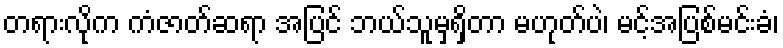
တရားလိုက ကံဇာတ်ဆရာ အပြင် ဘယ်သူမှရှိတာ မဟုတ်ပဲ၊ မင့်အပြစ်မင်းခံ၊